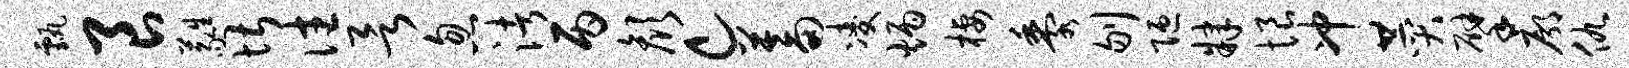
甄良蕤堪往欲忽渚丙颜c蓄凌炳栖黍刎陋肄恨冲赞擘廓仇